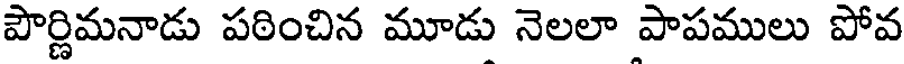
పౌర్ణిమనాడు పఠించిన మూడు నెలలా పాపములు పోవ